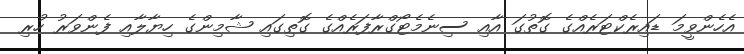
އެހެންވީމަ ޑައިރެކްޓަރެއްގެ ގޮތުގަ އާއި ސިނެމެޓޯގްރާފަރެއްގެ ގޮތިގައި ޝާމިންގެ ހިޔާލާއި ފެންވަރު ހުރި